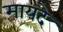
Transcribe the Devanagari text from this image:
मायदे